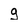
Character: g